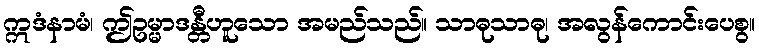
ဣဒံနာမံ၊ ဤဥမ္မာဒန္တီဟူသော အမည်သည်။ သာဓုသာဓု၊ အလွန်ကောင်းပေစွ။